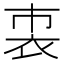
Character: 𧘴